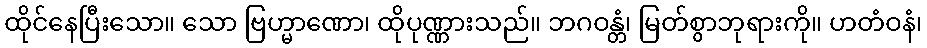
ထိုင်နေပြီးသော။ သော ဗြဟ္မာဏော၊ ထိုပုဏ္ဏားသည်။ ဘဂဝန္တံ၊ မြတ်စွာဘုရားကို။ ဟတံဝနံ၊